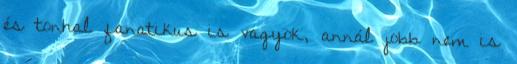
és tonhal fanatikus is vagyok, annál jobb nem is